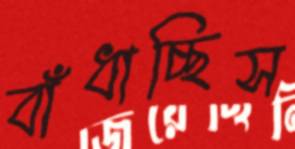
বাঁধাচ্ছিস